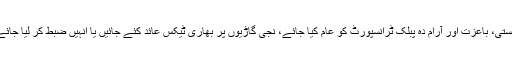
سستی، باعزت اور آرام دہ پبلک ٹرانسپورٹ کو عام کیا جائے، نجی گاڑیوں پر بھاری ٹیکس عائد کئے جائیں یا انہیں ضبط کر لیا جائے۔